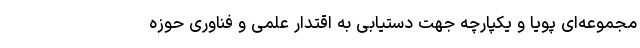
مجموعه‌ای پویا و یکپارچه جهت دستیابی به اقتدار علمی و فناوری حوزه